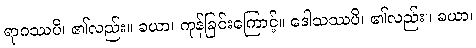
ရာဂဿပိ၊ ၏လည်း။ ခယာ၊ ကုန်ခြင်းကြောင့်။ ဒေါသဿပိ၊ ၏လည်း။ ခယာ၊